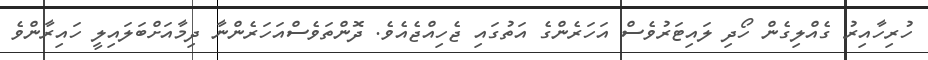
ހުރިހާއިރު ގެއްލިގެން ހޯދި ލައިޓަރުވެސް އަހަރެންގެ އަތުގައި ޖެހިއްޖެއެވެ. ދޮންތަވެސްއަހަރެންނާ ދިމާއަށްބަލައިލީ ހައިރާންވެ